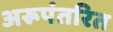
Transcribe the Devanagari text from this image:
अरूपंतरित